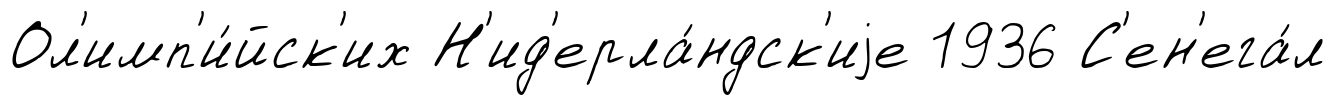
Ол'имп'и́йск'их Н'ид'ерла́ндск'иjе 1936 С'ен'ега́л